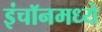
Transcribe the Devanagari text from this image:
इंचॉनमध्ये